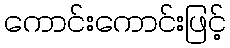
ကောင်းကောင်းဖြင့်